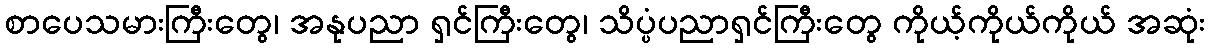
စာပေသမားကြီးတွေ၊ အနုပညာ ရှင်ကြီးတွေ၊ သိပ္ပံပညာရှင်ကြီးတွေ ကိုယ့်ကိုယ်ကိုယ် အဆုံး